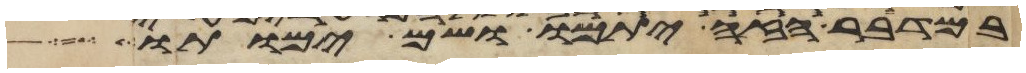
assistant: במדבר הזה יתמו ושם ימותו